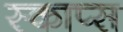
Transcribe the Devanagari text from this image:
स्काप्स